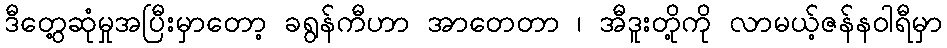
ဒီတွေ့ဆုံမှုအပြီးမှာတော့ ခရွန်ကီဟာ အာတေတာ ၊ အီဒူးတို့ကို လာမယ့်ဇန်နဝါရီမှာ